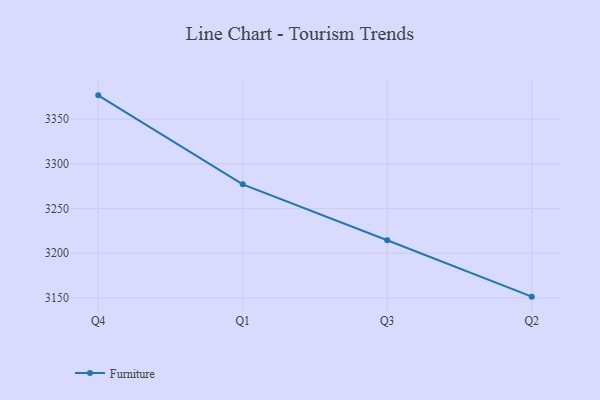
{"axis": {"x": "Quarter", "y": "Conversion Rate (%)"}, "legend": ["Furniture"], "data": [{"x": "Q4", "y": 3376.7, "type": "Furniture"}, {"x": "Q1", "y": 3277.1, "type": "Furniture"}, {"x": "Q3", "y": 3214.5, "type": "Furniture"}, {"x": "Q2", "y": 3151.4, "type": "Furniture"}]}